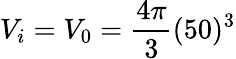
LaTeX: V_{i}=V_{0}=\frac{4\pi}{3}(50)^{3}